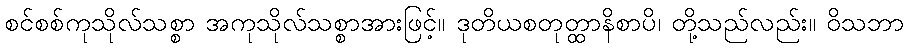
စင်စစ်ကုသိုလ်သစ္စာ အကုသိုလ်သစ္စာအားဖြင့်။ ဒုတိယစတုတ္ထာနိစာပိ၊ တို့သည်လည်း။ ဝိသဘာ